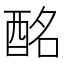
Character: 酩